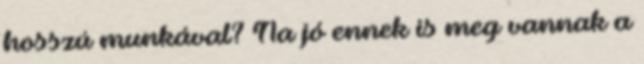
hosszú munkával? Na jó ennek is meg vannak a